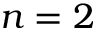
n = 2